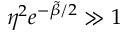
\eta ^ { 2 } e ^ { - \tilde { \beta } / 2 } \gg 1